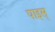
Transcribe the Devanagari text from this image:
पाइस्